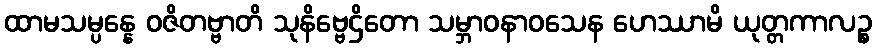
ထာမသမ္ပန္နေ ဝဇိတဗ္ဗာတိ သုနိဗ္ဗေဌိတော သမ္ဘာဝနာဝသေန ဟေဿာမိ ယုတ္တကာလဉ္စ